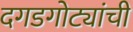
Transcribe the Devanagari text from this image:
दगडगोट्यांची